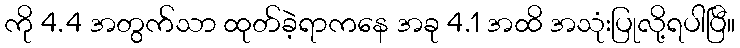
ကို 4.4 အတွက်သာ ထုတ်ခဲ့ရာကနေ အခု 4.1 အထိ အသုံးပြုလို့ရပါပြီ။